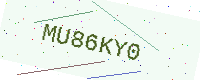
Text: MU86KY0